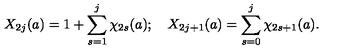
X _ { 2 j } ( a ) = 1 + \sum _ { s = 1 } ^ { j } \chi _ { 2 s } ( a ) ; \quad X _ { 2 j + 1 } ( a ) = \sum _ { s = 0 } ^ { j } \chi _ { 2 s + 1 } ( a ) .